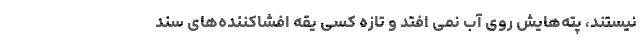
نیستند، پته‌هایش روی آب نمی افتد و تازه کسی یقه افشاکننده‌های سند